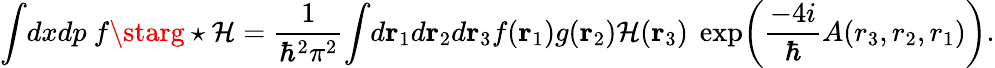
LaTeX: \int\! dxdp~f\starg\star\mathcal{H}={\frac{{1}}{{\hbar^{2}\pi^{2}}}}\! \int\! d{\mathbf{r}}_{1}d{\mathbf{r}}_{2}d{\mathbf{r}}_{3}f({\mathbf{r}}_{1})g({\mathbf{r}}_{2})\mathcal{H}({\mathbf{r}}_{3})~\exp\! \left({\frac{{-4i}}{{\hbar}}}A(r_{3},r_{2},r_{1})\right).